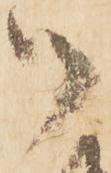
御